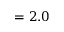
= 2 . 0